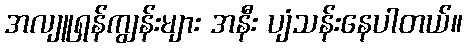
အလျူရှန်ကျွန်းများ အနီး ပျံသန်းနေပါတယ်။